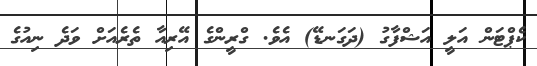
ކެޕްޓަން އަލީ އަޝްފާގު (ދަގަނޑޭ) އެވެ. ގްރީންގެ އޭރިއާ ތެރެއަށް ވަދެ ނިއުގެ